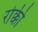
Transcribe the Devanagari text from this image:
रोक्की